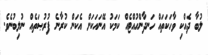
ލުބާ ދެއްކި ވާހަކަތައް ހަނދާންހުއްޓެއް ކަމަކު އޭނައަކަށް އެކަން ކުރާނެ ފުރުޞަތެއް ނުލިބުނެވެ.